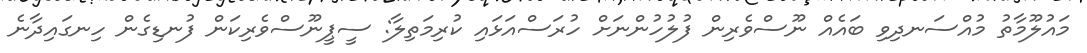
މައުލޫމާތު މުއްސަނދިވި ބައެއް ނޫސްވެރިން ފުލުހުންނަށް ހުރަސްއަޅައި ކުރިމަތިލާ: ސީޕީނޫސްވެރިކަން ފުނޑިގެން ހިނގައިދާނެ